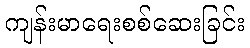
ကျန်းမာရေးစစ်ဆေးခြင်း